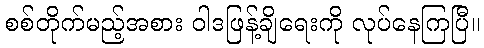
စစ်တိုက်မည့်အစား ဝါဒဖြန့်ချိရေးကို လုပ်နေကြပြီ။